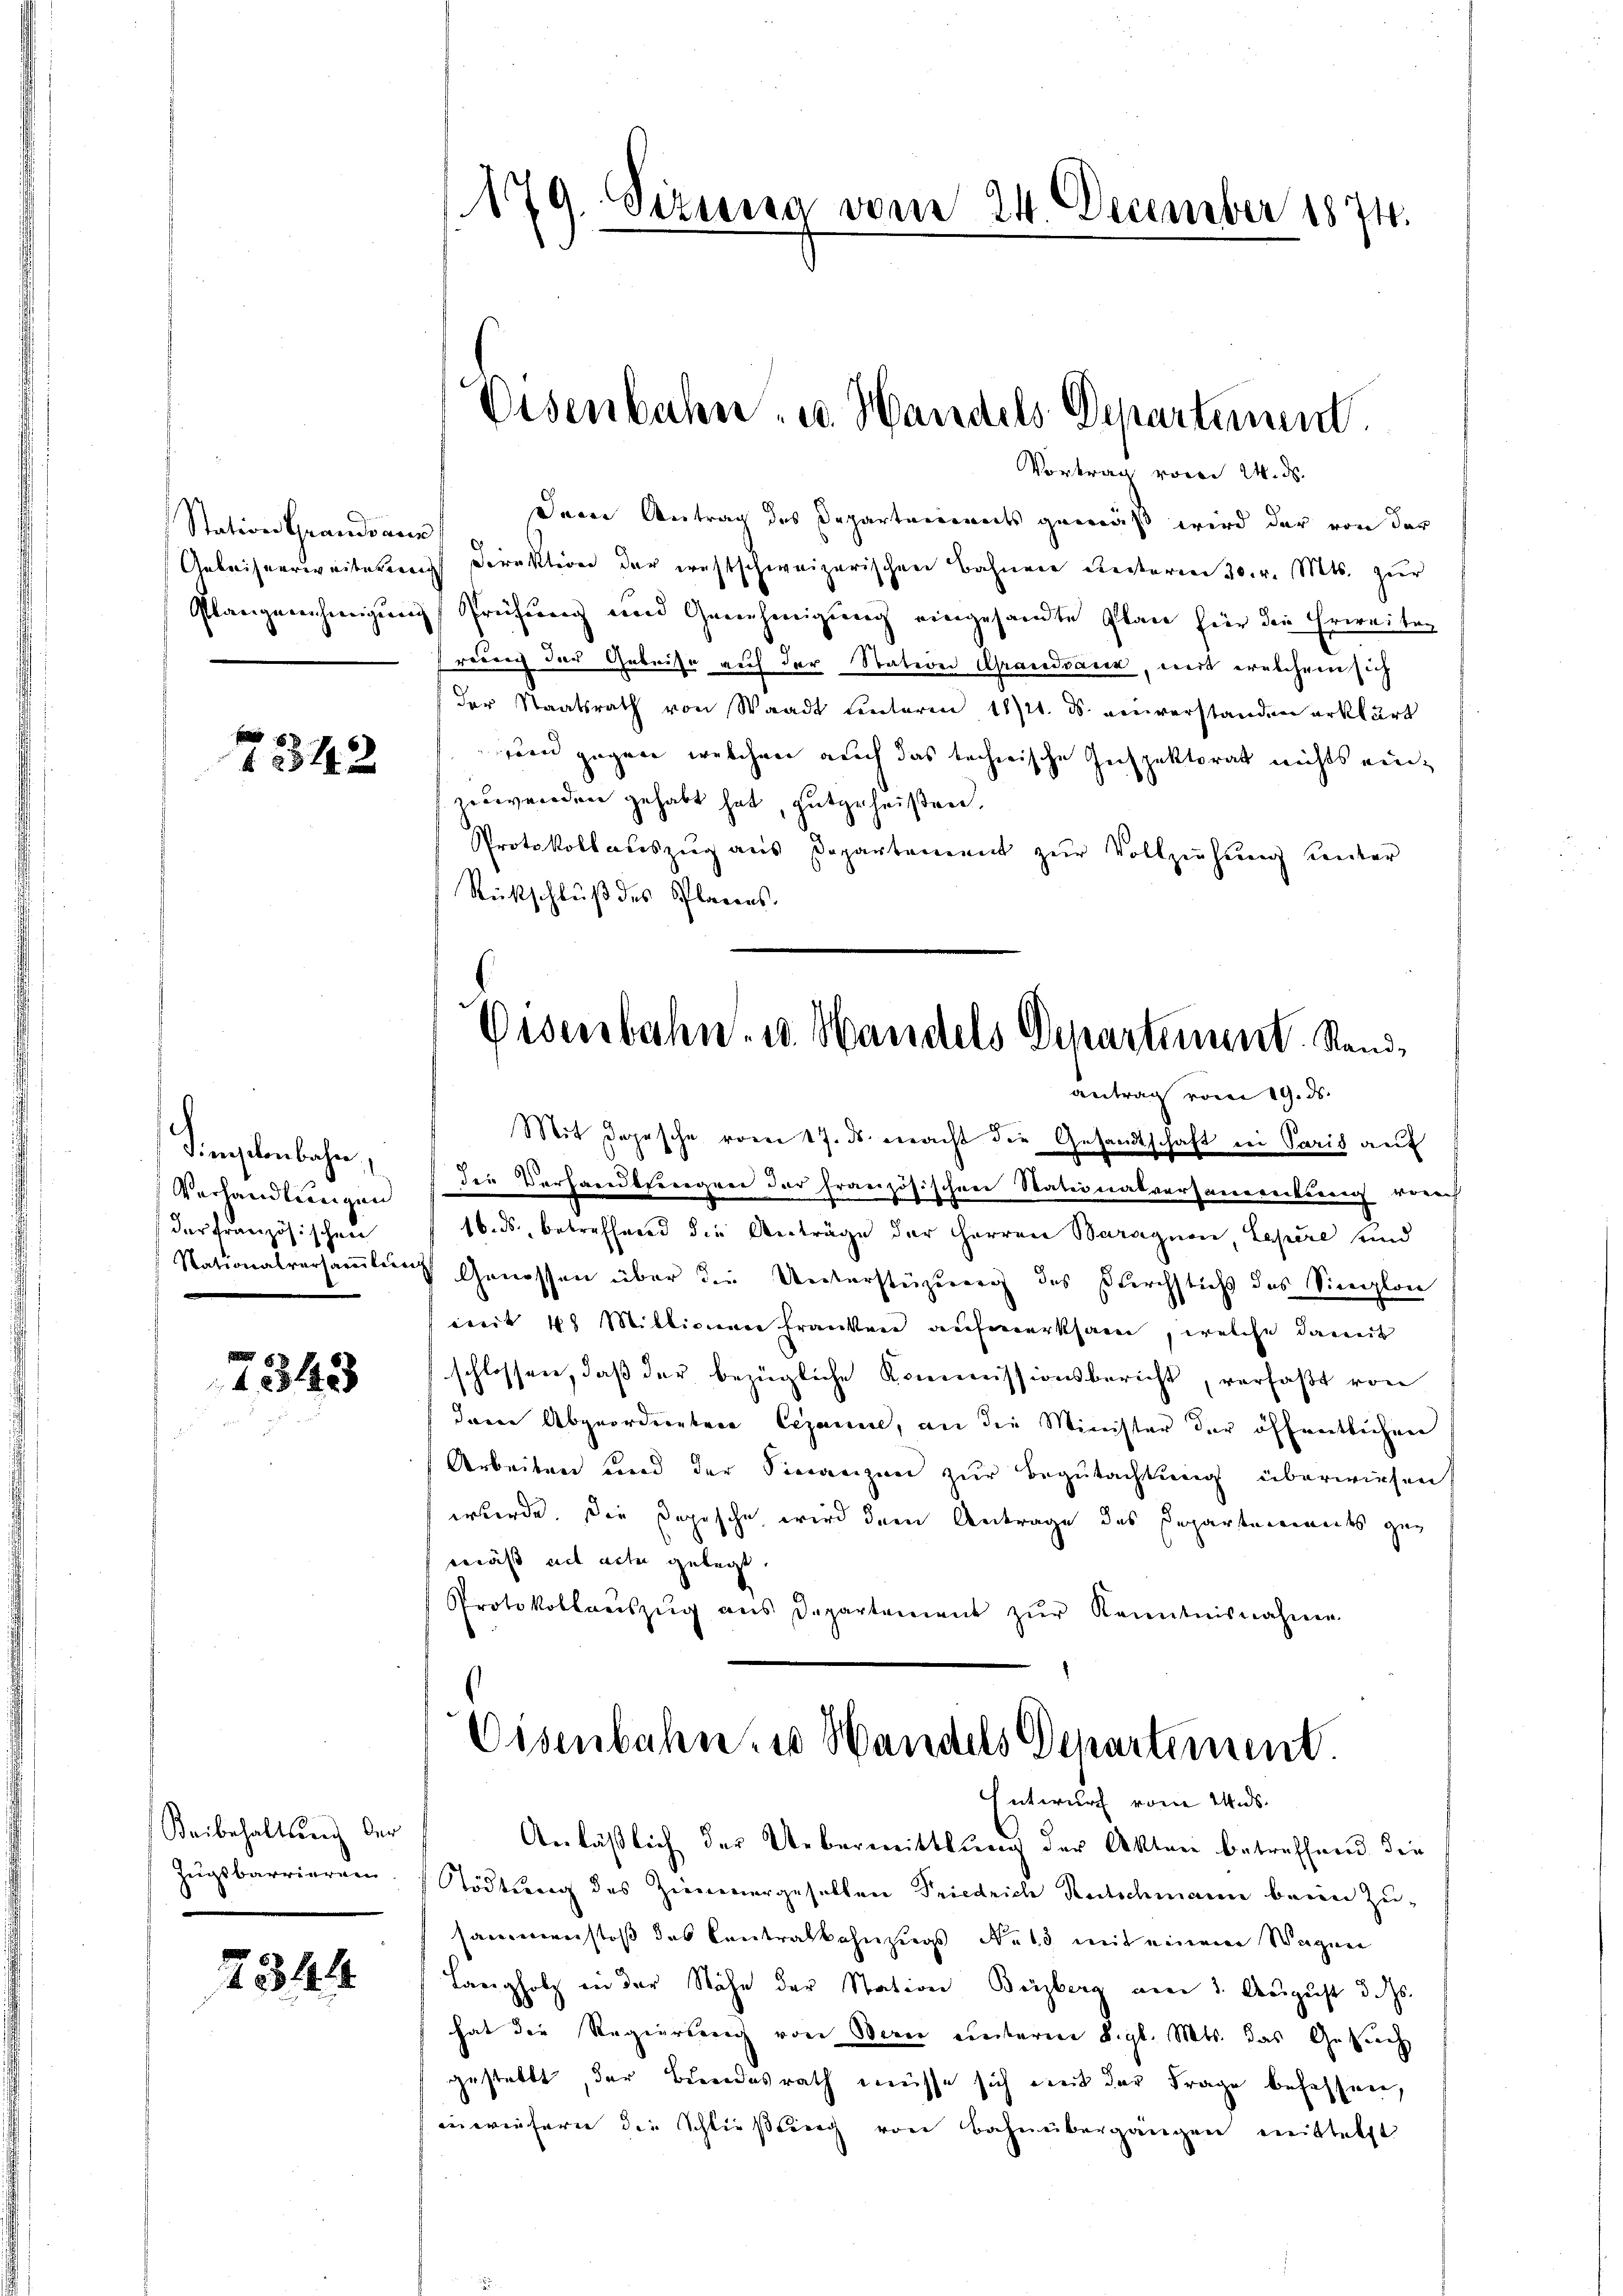
Station Grandsaus

342

Simselenbahn,
Verhandlungen
dar französischen

7343

Beibehaltung der
Zeigsbarrieren
.

7344

179. Sizung vom 24. December 1874.

Eisenbahn- u. Handels Departement.
Vortrag vom 24. ds.

Deren Antrag des Departeienorts gemäß wird der von der
Geleisverweiterung Direktion der westschweizerischen Bahnen Resterm 30. v. Mts. zur
Plangenehmigung Prüfung und Genehmigŭng eingesandte Plan für die Erweiter
reuig der Gebeise auf der Station Grandvaren, mit welchem sich
der Staatsrath von Waadt ŭnteren 1821. ds. einverstanden erklärt
zien gegen welchen auch das technische Inspektorat nichts auch
zubeworden gehabt hat, gutgeheißen.
Protokollauszug aus Departement zŭr Vollziehung unter
Rückschluß des Planens.

Eisenbahn- u. Handels Departement. Standantrag vom 19. ds.

Mit Depesche vom 17. ds. macht die Gesandtschaft in Paris auf
die Verhandsbergrei der französischen Stationalversammenkung vorh
16. ds., betreffend die Anträge der Herren Baragnon, Lapere und
Nationalversaṁlŭng Genossen über die Unterstüzung des Kirchstichs des Sicilon
weit 40 Millionen franken aufmerksam, welche damit
schlossen, daß der bezügliche Kommissionsbericht, verfaßt von
Janen Abgeordneten Cezanie, an die Minister der öffentlichen
Arbeiten und der Sinarizen zur Begutachtung überwiesen
wurde. Die Dopische wird dem Antrage des Departements geg
mäß ad acte gelegt.
Protokollaŭszŭg aŭs Departement zŭr Kenntnisnahme

Eisenbahn, wo Handels Departement.
Entwurf vom Uids.

Anläßlich der Uebermittlung der Akten betreffend die
Stödtung des Zimmergesellen Friedrich Rutschmann beim Zu-
sammenstoß des Contralkohnzugs des mit einem Wagen
Langholz in der Nähe der Station Beiberg am 1. August d. Js.
hat die Regierung von Bei einterm 8. gl. Mts. das Gesuch
gestellt, der Bundesrath müsse sich mit der Frage befassen,
inwiefern die Schließling von Bahnübergängen mittelst